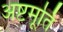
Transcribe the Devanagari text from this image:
अष्टमूर्ति